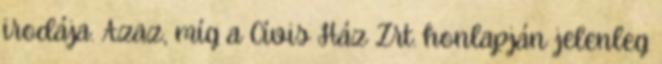
irodája. Azaz, míg a Cívis Ház Zrt. honlapján jelenleg